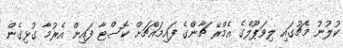
ކުލުނު މެޗުގައި ލިވަޕޫލްގެ އެމްރޭ ޗާންގެ ފައިމައްޗަށް ކޮސްޓާ ފައިން އެރުމާ ގުޅިގެން